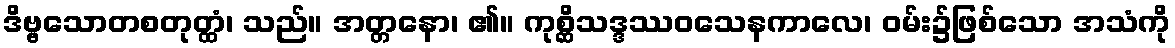
ဒိဗ္ဗသောတစတုတ္ထံ၊ သည်။ အတ္တနော၊ ၏။ ကုစ္ဆိသဒ္ဒဿဝသေနကာလေ၊ ဝမ်း၌ဖြစ်သော အသံကို